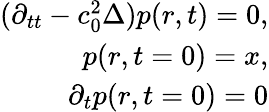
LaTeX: \begin{array}{r}{(\partial_{tt}-c_{0}^{2}\Delta)p(r,t)=0,}\\ {p(r,t=0)=x,}\\ {\partial_{t}p(r,t=0)=0}\end{array}